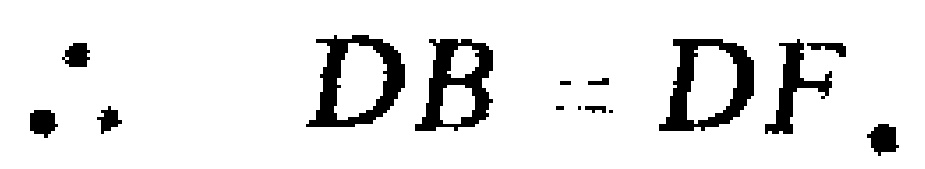
\(\therefore DB = DF.\)